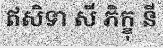
ឥសិទា សី ភិក្ខុ នី